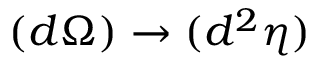
( d \Omega ) \rightarrow ( d ^ { 2 } \eta )